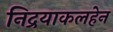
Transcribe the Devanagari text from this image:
निद्रयाकलहेन